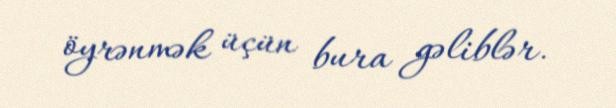
öyrənmək üçün bura gəliblər.